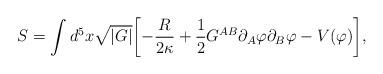
LaTeX: \begin{align*}S= \int d^{5}x \sqrt{|G|}\biggl[- \frac{R}{2\kappa} + \frac{1}{2} G^{A B} \partial_{A} \varphi \partial_{B} \varphi - V(\varphi)\biggr],\end{align*}